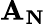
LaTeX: \mathbf{A_{N}}